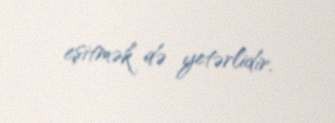
eşitmək də yetərlidir.